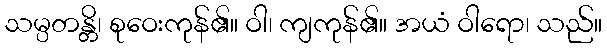
သမ္ပတန္တိ၊ စုဝေးကုန်၏။ ဝါ၊ ကျကုန်၏။ အယံ ဝါရော၊ သည်။